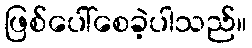
ဖြစ်ပေါ်စေခဲ့ပါသည်။